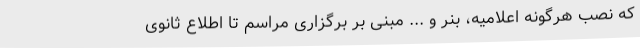
که نصب هرگونه اعلامیه، بنر و ... مبنی بر برگزاری مراسم تا اطلاع ثانوی